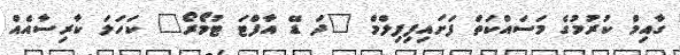
ގާއިމް ކުރުމުގެ މަސައްކަތް ފަށައިފިފިލްމް "ދަ ޑޭ އާފްޓަ ޓުމޯރޯ" ކަހަލަ ކާރިސާއެއް